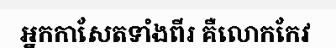
អ្នកកាសែតទាំងពីរ គឺលោកកែវ